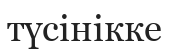
түсінікке